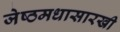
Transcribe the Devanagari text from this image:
जेष्ठमधासारखी